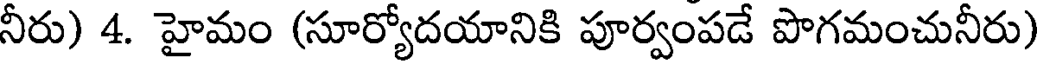
నీరు) 4. హైమం (సూర్యోదయానికి పూర్వంపడే పొగమంచునీరు)